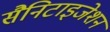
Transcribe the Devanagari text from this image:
सैनिटाइजेशन